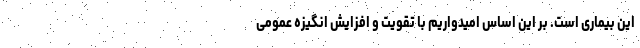
این بیماری است. بر این اساس امیدواریم با تقویت و افزایش انگیزه عمومی